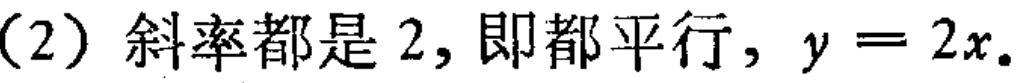
（2）斜率都是 2, 即都平行, \(y = 2x\).